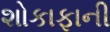
શોકાફાની